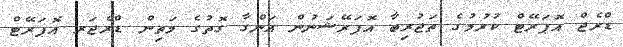
ޑްރެޖް އޮޕަރޭޓް ކުރުމުގެ ތަޖުރިބާ އޮޕަރޭޝަނުން އަންގާ ގޮތުގެ މަތިން ޑްރެޖަރ އޮޕަރޭޓް